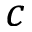
c